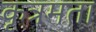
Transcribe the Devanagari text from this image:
कृत्रमता